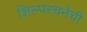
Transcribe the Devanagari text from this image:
शिल्परचनेची